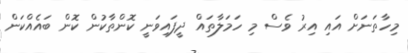
މިހާތަނަށް އައި އިރު ވެސް މި ހަމަލާތައް ދީފައިވަނީ ކޮންތާކުން ކޮން ބައެއްކަން